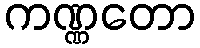
ကဏ္ဏတော